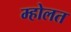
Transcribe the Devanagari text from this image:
म्होलत